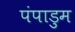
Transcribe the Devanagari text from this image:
पंपाडुम